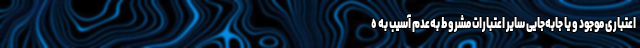
اعتباری موجود و یا جابه‌جایی سایر اعتبارات مشروط به‌عدم آسیب به ه